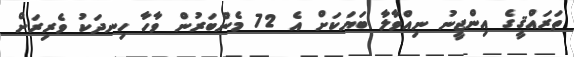
ތަރައްޤީގެ އިންޖީނު ނިއްވާލާ ބަޔަކަށް އެ 72 މެންބަރުން ވާހާ ހިނދަކު ވެރިރަށް